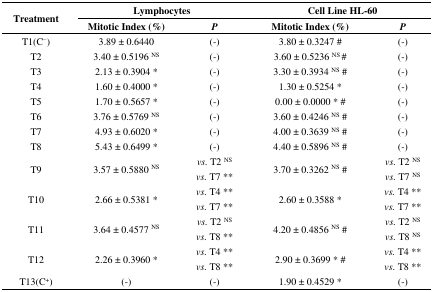
| <ROWSPAN=2> Treatment |  | <COLSPAN=3> Lymphocytes |  | <COLSPAN=3> Cell Line HL-60 |
 |  | Mitotic Index (%) |  | P |  | Mitotic Index (%) |  | P |
 | --- | --- | --- | --- | --- | --- | --- | --- | --- |
 | T1(C−) |  | 3.89 ± 0.6440 |  | (-) |  | 3.80 ± 0.3247 # |  | (-) |
 | T2 |  | 3.40 ± 0.5196 NS |  | (-) |  | 3.60 ± 0.5236 NS # |  | (-) |
 | T3 |  | 2.13 ± 0.3904 * |  | (-) |  | 3.30 ± 0.3934 NS # |  | (-) |
 | T4 |  | 1.60 ± 0.4000 * |  | (-) |  | 1.30 ± 0.5254 * |  | (-) |
 | T5 |  | 1.70 ± 0.5657 * |  | (-) |  | 0.00 ± 0.0000 * # |  | (-) |
 | T6 |  | 3.76 ± 0.5769 NS |  | (-) |  | 3.60 ± 0.4246 NS # |  | (-) |
 | T7 |  | 4.93 ± 0.6020 * |  | (-) |  | 4.00 ± 0.3639 NS # |  | (-) |
 | T8 |  | 5.43 ± 0.6499 * |  | (-) |  | 4.40 ± 0.5896 NS # |  | (-) |
 | T9 |  | 3.57 ± 0.5880 NS |  | vs. T2 NSvs. T7 ** |  | 3.70 ± 0.3262 NS # |  | vs. T2 NSvs. T7 NS |
 | T10 |  | 2.66 ± 0.5381 * |  | vs. T4 **vs. T7 ** |  | 2.60 ± 0.3588 * |  | vs. T4 **vs. T7 ** |
 | T11 |  | 3.64 ± 0.4577 NS |  | vs. T2 NSvs. T8 ** |  | 4.20 ± 0.4856 NS # |  | vs. T2 NSvs. T8 NS |
 | T12 |  | 2.26 ± 0.3960 * |  | vs. T4 **vs. T8 ** |  | 2.90 ± 0.3699 * # |  | vs. T4 **vs. T8 ** |
 | T13(C+) |  | (-) |  | (-) |  | 1.90 ± 0.4529 * |  | (-) |